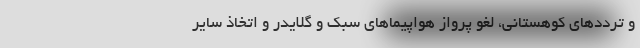
و ترددهای کوهستانی، لغو پرواز هواپیماهای سبک و گلایدر و اتخاذ سایر